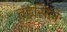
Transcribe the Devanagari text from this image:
तहसिले